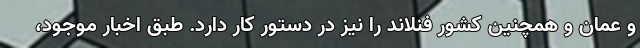
و عمان و همچنین کشور فنلاند را نیز در دستور کار دارد. طبق اخبار موجود،